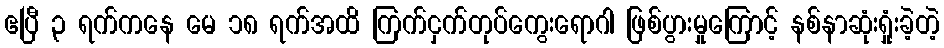
ဧပြီ ၃ ရက်ကနေ မေ ၁၈ ရက်အထိ ကြက်ငှက်တုပ်ကွေးရောဂါ ဖြစ်ပွားမှုကြောင့် နစ်နာဆုံးရှုံးခဲ့တဲ့